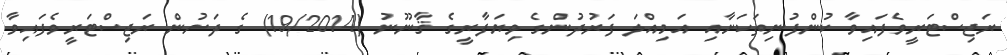
ރަޖިސްޓަރީވެފައިވާ ކުންފުނިތަކަށާއި އަމިއްލަ ފަރުދުންގެ ވިޔަފާރީގެ ޤާނޫނު (19/2014) ގެ ދަށުން ރަޖިސްޓަރީވެފައިވާ